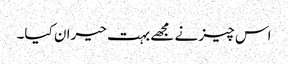
اس چیز نے مجھے بہت حیران کیا۔